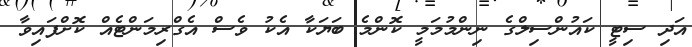
އަދި ސިޓީ ކައުންސިލްގެ ނިންމުމަމީ ކޮންމެ ބަޔަކާ އެކު ވެސް އެގްރިމަންޓެއް ކޮށްފައިވާ